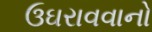
ઉઘરાવવાનો